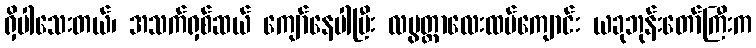
ရှိပါသေးတယ်၊ အသက်ရှစ်ဆယ် ကျော်နေပါပြီး လပွတ္တာလေးထပ်ကျောင်း ယခုဘုန်းတော်ကြီးက